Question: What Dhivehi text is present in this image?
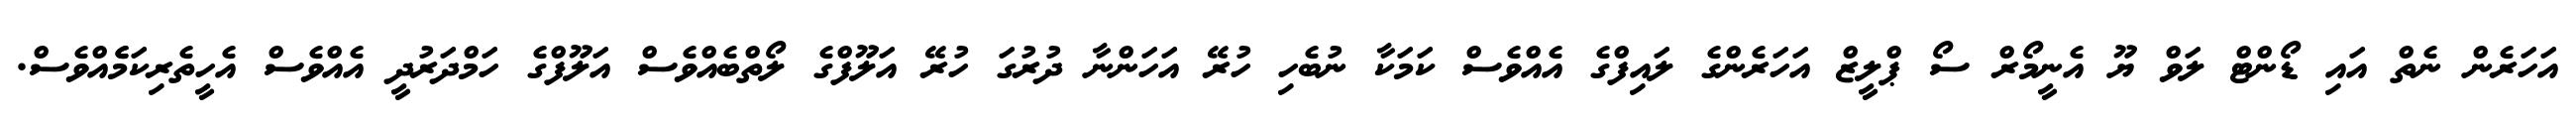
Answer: އަހަރެން ނެތް އައި ޑޯންޓް ލަވް ޔޫ އެނީމޯރް ސޯ ޕްލީޒް އަހަރެންގެ ލައިފްގެ އެއްވެސް ކަމަކާ ނުބެހި ހުރޭ އަހަންނާ ދުރުގަ ހުރޭ އަލޫފްގެ ލޯތްބެއްވެސް އަލޫފްގެ ހަމްދަރުދީ އެއްވެސް އެހީތެރިކަމެެއްވެސް.